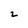
Character: 2